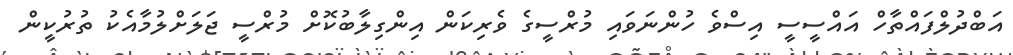
އަބްދުލްފައްތާހް އައްސީސީ އިސްވެ ހުންނަވައި މުރްސީގެ ވެރިކަން އިންގިލާބުކޮށް މުރްސީ ޖަލަށްލުމާއެކު ތުރުކީން